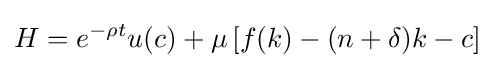
H=e^{-\rho t}u(c)+\mu \left[f(k)-(n+\delta )k-c\right]